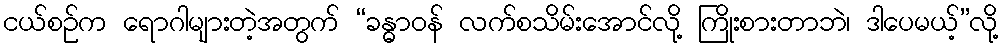
ငယ်စဉ်က ရောဂါများတဲ့အတွက် “ခန္ဓာဝန် လက်စသိမ်းအောင်လို့ ကြိုးစားတာဘဲ၊ ဒါပေမယ့်”လို့